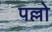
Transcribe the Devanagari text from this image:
पल्लो